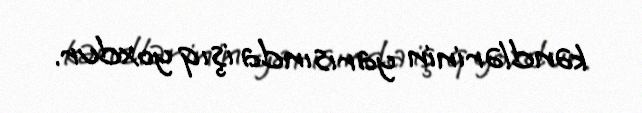
kəndlərinin yarısında işıq yoxdur.